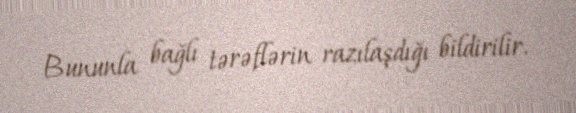
Bununla bağlı tərəflərin razılaşdığı bildirilir.